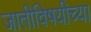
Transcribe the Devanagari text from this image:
जातीविषयीच्या